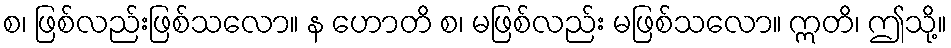
စ၊ ဖြစ်လည်းဖြစ်သလော။ န ဟောတိ စ၊ မဖြစ်လည်း မဖြစ်သလော။ ဣတိ၊ ဤသို့။